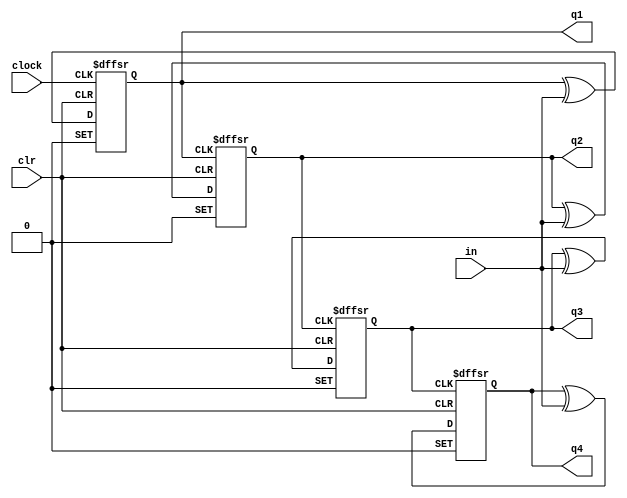
// Copyright (C) 2018  Intel Corporation. All rights reserved.
// Your use of Intel Corporation's design tools, logic functions 
// and other software and tools, and its AMPP partner logic 
// functions, and any output files from any of the foregoing 
// (including device programming or simulation files), and any 
// associated documentation or information are expressly subject 
// to the terms and conditions of the Intel Program License 
// Subscription Agreement, the Intel Quartus Prime License Agreement,
// the Intel FPGA IP License Agreement, or other applicable license
// agreement, including, without limitation, that your use is for
// the sole purpose of programming logic devices manufactured by
// Intel and sold by Intel or its authorized distributors.  Please
// refer to the applicable agreement for further details.

// PROGRAM		"Quartus Prime"
// VERSION		"Version 18.1.0 Build 625 09/12/2018 SJ Standard Edition"
// CREATED		"Thu Jul 02 16:45:16 2020"

module question3b(
	clock,
	in,
	clr,
	q1,
	q2,
	q3,
	q4
);


input wire	clock;
input wire	in;
input wire	clr;
output wire	q1;
output wire	q2;
output wire	q3;
output reg	q4;

reg	TFF_inst;
reg	TFF_inst1;
reg	TFF_inst2;

assign	q1 = TFF_inst;
assign	q2 = TFF_inst1;
assign	q3 = TFF_inst2;




always@(posedge clock or negedge clr or negedge clr)
begin
if (!clr)
	begin
	TFF_inst <= 0;
	end
else
if (!clr)
	begin
	TFF_inst <= 1;
	end
else
	TFF_inst <= TFF_inst ^ in;
end


always@(posedge TFF_inst or negedge clr or negedge clr)
begin
if (!clr)
	begin
	TFF_inst1 <= 0;
	end
else
if (!clr)
	begin
	TFF_inst1 <= 1;
	end
else
	TFF_inst1 <= TFF_inst1 ^ in;
end


always@(posedge TFF_inst1 or negedge clr or negedge clr)
begin
if (!clr)
	begin
	TFF_inst2 <= 0;
	end
else
if (!clr)
	begin
	TFF_inst2 <= 1;
	end
else
	TFF_inst2 <= TFF_inst2 ^ in;
end


always@(posedge TFF_inst2 or negedge clr or negedge clr)
begin
if (!clr)
	begin
	q4 <= 0;
	end
else
if (!clr)
	begin
	q4 <= 1;
	end
else
	q4 <= q4 ^ in;
end


endmodule